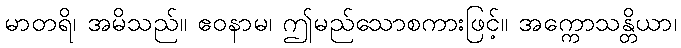
မာတရိ၊ အမိသည်။ ဧဝနာမ၊ ဤမည်သောစကားဖြင့်။ အက္ကောသန္တိယာ၊